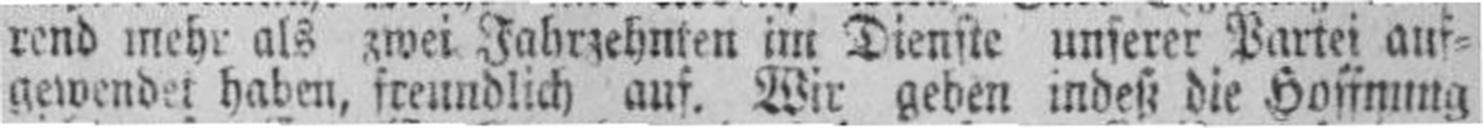
gewendet haben, freundlich auf. Wir geben indeß die Hoffnung